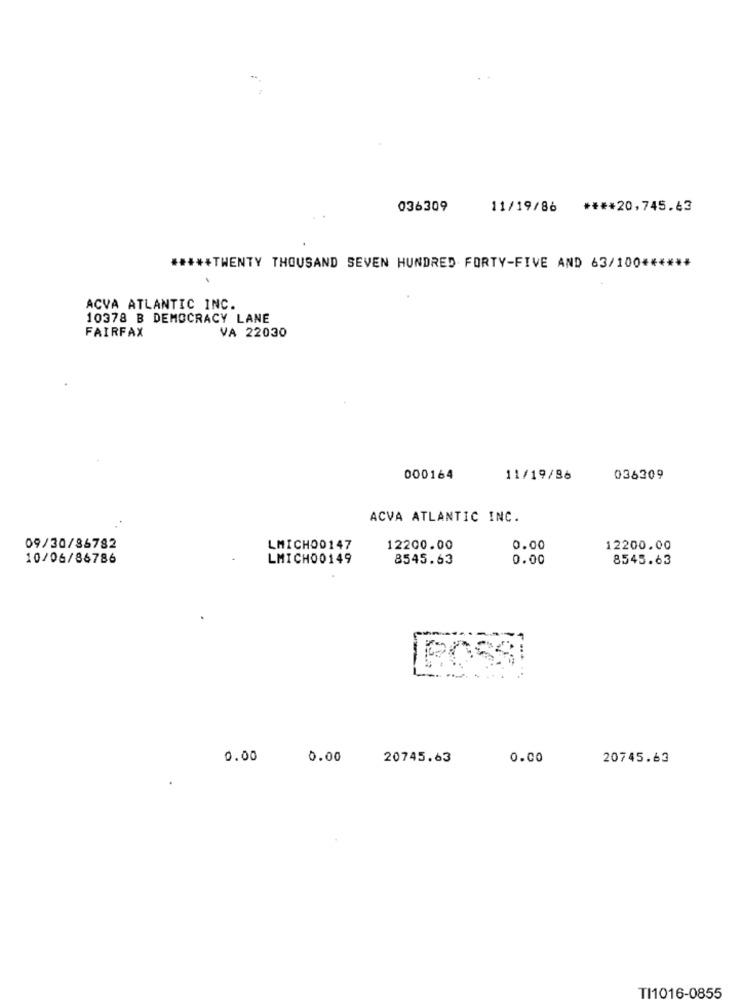
036309
11/19/86
**** 20,745.43
***** TWENTY THOUSAND SEVEN HUNDRED FORTY-FIVE AND 63/100 ******
ACVA ATLANTIC INC.
10378 B DEMOCRACY LANE
FAIRFAX
VA 22030
000164
11/19/86
036309
ACVA ATLANTIC INC.
09/30/86782
LMICH00147
12200.00
0.00
12200.00
10/06/86786
LMICH00149
8545.63
0.00
8545.63
0.00
0.00
20745.63
0.00
20745.63
TI1016-0855